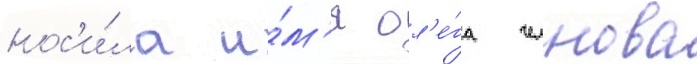
нос'и́ла и́м'я ол'е́га челнова